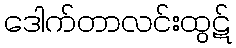
ဒေါက်တာလင်းထွဋ်